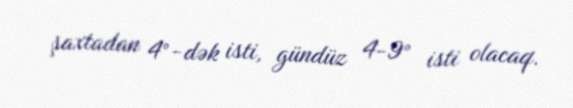
şaxtadan 4°-dək isti, gündüz 4-9° isti olacaq.